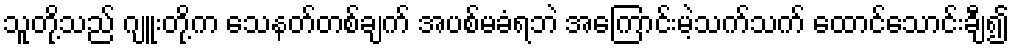
သူတို့သည် ဂျူးတို့က သေနတ်တစ်ချက် အပစ်မခံရဘဲ အကြောင်းမဲ့သက်သက် ထောင်သောင်းချီ၍